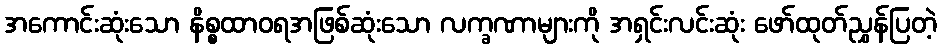
အကောင်းဆုံးသော နိစ္စထာဝရအဖြစ်ဆုံးသော လက္ခဏာများကို အရှင်းလင်းဆုံး ဖော်ထုတ်ညွှန်ပြတဲ့